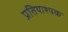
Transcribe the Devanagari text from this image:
प्रतियाश्पक